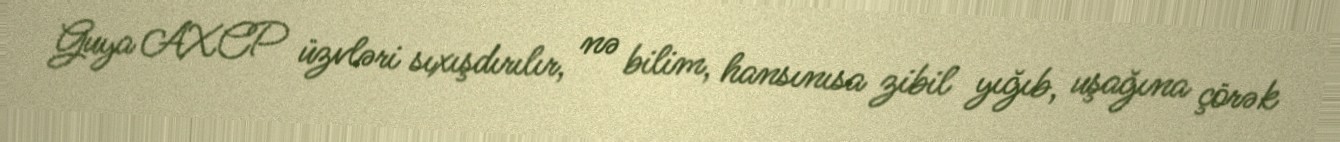
Guya AXCP üzvləri sıxışdırılır, nə bilim, hansınısa zibil yığıb, uşağına çörək